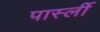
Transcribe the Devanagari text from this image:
पार्स्ली